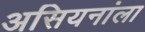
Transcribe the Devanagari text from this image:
असियनांला